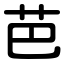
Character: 芭